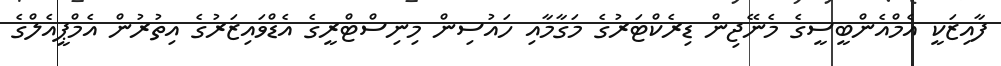
ފާއިޒަކީ އެމްއެންބީސީގެ މެނޭޖިން ޑިރެކްޓަރުގެ މަގާމާއި ހައުސިން މިނިސްޓްރީގެ އެޑްވައިޒަރުގެ އިތުރުން އެމްޕީއެލްގެ